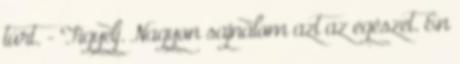
túrt. - Figyelj. Nagyon sajnálom azt az egészet. Én